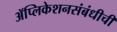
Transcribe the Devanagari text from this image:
ॲप्लिकेशनसंबंधीची